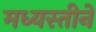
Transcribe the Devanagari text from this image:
मध्यस्तीने